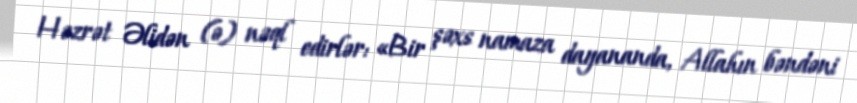
Həzrət Əlidən (ə) nəql edirlər: «Bir şəxs namaza dayananda, Allahın bəndəni